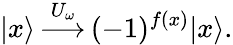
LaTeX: |x\rangle\, {\overset{U_{\omega}}{\longrightarrow}}\, (-1)^{f(x)}|x\rangle.